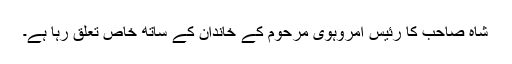
شاہ صاحب کا رئیس امروہوی مرحوم کے خاندان کے ساتھ خاص تعلق رہا ہے۔